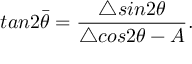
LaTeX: t a n 2 \bar { \theta } = \frac { \triangle s i n 2 \theta } { \triangle c o s 2 \theta - A } .